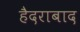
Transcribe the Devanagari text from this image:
हैदराबाद